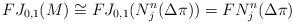
LaTeX: \begin{align*} FJ_{0,1}(M)\cong FJ_{0,1}(N_{j}^{n}(\Delta\pi))= FN_{j}^{n}(\Delta\pi) \end{align*}